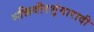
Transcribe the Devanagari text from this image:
भक्तिवीरशृंगारादी